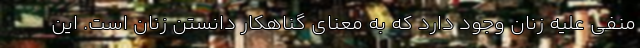
منفي علیه زنان وجود دارد که به معنای گناهكار دانستن زنان است. اين